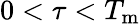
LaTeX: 0<\tau<T_{\mathrm{m}}